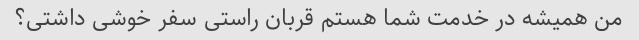
من همیشه در خدمت شما هستم قربان راستی سفر خوشی داشتی؟